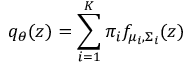
q _ { \theta } ( z ) = \sum _ { i = 1 } ^ { K } \pi _ { i } f _ { \mu _ { i } , \Sigma _ { i } } ( z )